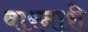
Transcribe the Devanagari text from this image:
वारनारी